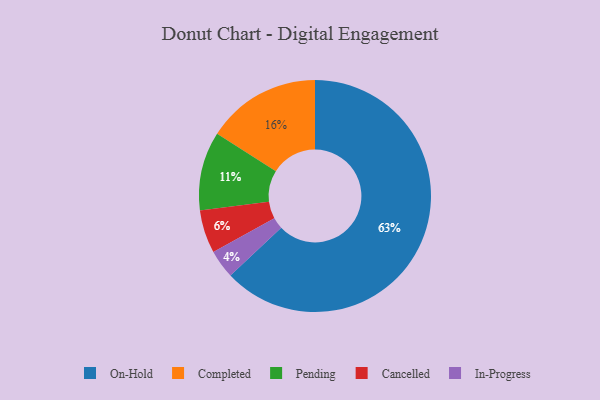
{"axis": {"x": "Category", "y": "Percentage"}, "legend": ["Cancelled", "Completed", "In-Progress", "On-Hold", "Pending"], "data": [{"x": "On-Hold", "y": 63, "type": "On-Hold"}, {"x": "Completed", "y": 16, "type": "Completed"}, {"x": "In-Progress", "y": 4, "type": "In-Progress"}, {"x": "Cancelled", "y": 6, "type": "Cancelled"}, {"x": "Pending", "y": 11, "type": "Pending"}]}